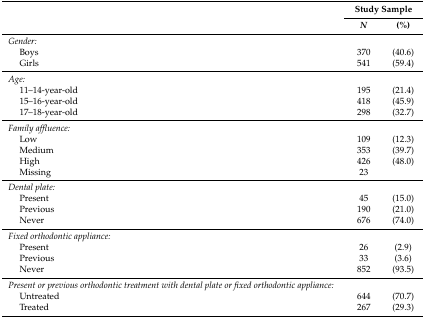
<table><thead><tr><td rowspan="2"></td><td colspan="2"><b>Study Sample </b></td></tr><tr><td><b><i>N</i></b></td><td><b>(%)</b></td></tr></thead><tbody><tr><td><i>Gender:</i></td><td></td><td></td></tr><tr><td>Boys</td><td>370</td><td>(40.6)</td></tr><tr><td>Girls</td><td>541</td><td>(59.4)</td></tr><tr><td><i>Age:</i></td><td></td><td></td></tr><tr><td>11–14-year-old</td><td>195</td><td>(21.4)</td></tr><tr><td>15–16-year-old</td><td>418</td><td>(45.9)</td></tr><tr><td>17–18-year-old</td><td>298</td><td>(32.7)</td></tr><tr><td><i>Family affluence:</i></td><td></td><td></td></tr><tr><td>Low</td><td>109</td><td>(12.3)</td></tr><tr><td>Medium</td><td>353</td><td>(39.7)</td></tr><tr><td>High</td><td>426</td><td>(48.0)</td></tr><tr><td>Missing</td><td>23</td><td></td></tr><tr><td><i>Dental plate:</i></td><td></td><td></td></tr><tr><td>Present</td><td>45</td><td>(15.0)</td></tr><tr><td>Previous</td><td>190</td><td>(21.0)</td></tr><tr><td>Never</td><td>676</td><td>(74.0)</td></tr><tr><td><i>Fixed orthodontic appliance:</i></td><td></td><td></td></tr><tr><td>Present</td><td>26</td><td>(2.9)</td></tr><tr><td>Previous</td><td>33</td><td>(3.6)</td></tr><tr><td>Never</td><td>852</td><td>(93.5)</td></tr><tr><td><i>Present or previous orthodontic treatment with dental plate or fixed orthodontic appliance:</i></td><td></td><td></td></tr><tr><td>Untreated</td><td>644</td><td>(70.7)</td></tr><tr><td>Treated</td><td>267</td><td>(29.3)</td></tr></tbody></table>